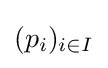
(p_{i})_{i\in I}